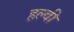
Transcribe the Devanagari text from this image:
हल्वी